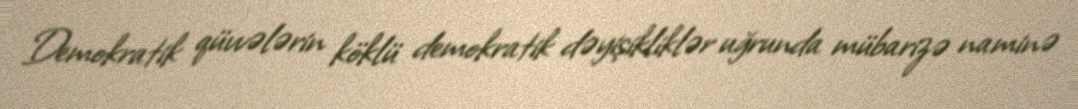
Demokratik qüvvələrin köklü demokratik dəyişikliklər uğrunda mübarizə naminə